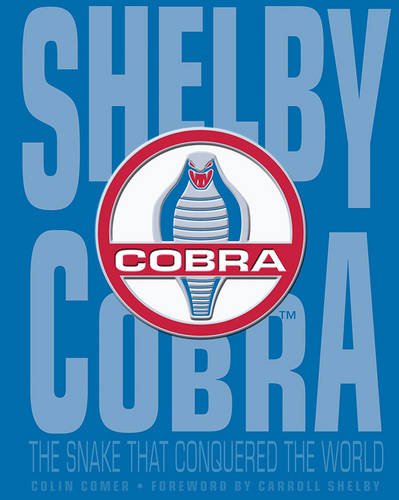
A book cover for Shelby Cobra: The Snake that Conquered the World; Colin Comer; Engineering & Transportation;